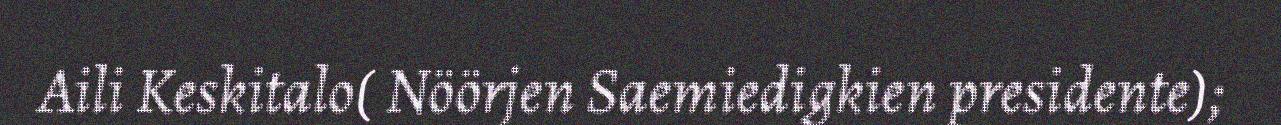
Aili Keskitalo( Nöörjen Saemiedigkien presidente);